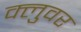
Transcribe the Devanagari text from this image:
क्लुवर